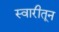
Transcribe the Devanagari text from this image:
स्वारीतून